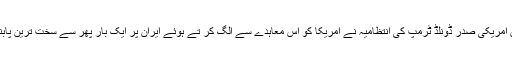
لیکن 2018 میں امریکی صدر ڈونلڈ ٹرمپ کی انتظامیہ نے امریکا کو اس معاہدے سے الگ کر تے ہوئے ایران پر ایک بار پھر سے سخت ترین پابندیاں نافذ کر دیں۔